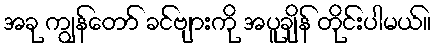
အခု ကျွန်တော် ခင်ဗျားကို အပူချိန် တိုင်းပါမယ်။